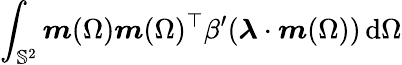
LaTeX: \int_{\mathbb{S}^{2}}\boldsymbol{m}(\Omega)\boldsymbol{m}(\Omega)^{\top}\beta^{\prime}(\boldsymbol{\lambda}\cdot\boldsymbol{m}(\Omega))\, \mathrm{d}\Omega